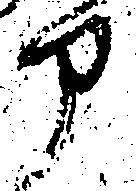
部